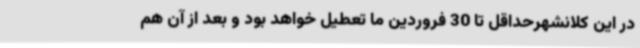
در این کلانشهرحداقل تا 30 فروردین ما تعطیل خواهد بود و بعد از آن هم